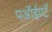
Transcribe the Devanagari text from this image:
पऑईण्टॅ